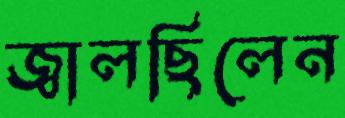
জ্বালছিলেন